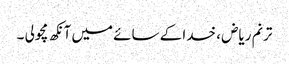
ترنم ریاض ، خدا کے سائے میں آنکھ مچولی ۔